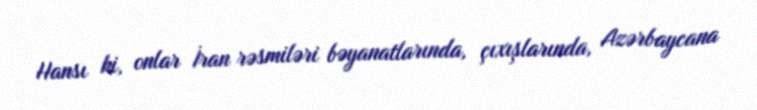
Hansı ki, onlar İran rəsmiləri bəyanatlarında, çıxışlarında, Azərbaycana